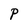
Character: P